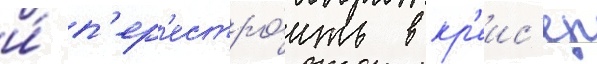
и́ п'ер'естро́ить в кр'еис'ер